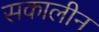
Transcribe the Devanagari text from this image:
सकालीन